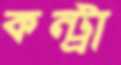
কন্ট্রা